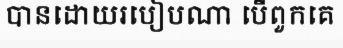
បានដោយរបៀបណា បើពួកគេ